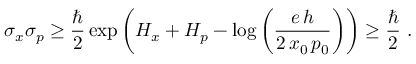
\sigma _ { x } \sigma _ { p } \geq { \frac { \hbar } { 2 } } \exp \left( H _ { x } + H _ { p } - \log \left( { \frac { e \, h } { 2 \, x _ { 0 } \, p _ { 0 } } } \right) \right) \geq { \frac { \hbar } { 2 } } ~ .